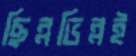
ছিন্নভিন্নই